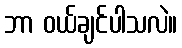
ဘာ ဝယ်ချင်ပါသလဲ။